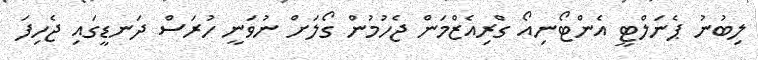
ލިބުނު ޕެނަލްޓީ އެންޓޯނިއޯ ގްރިއެޒްމަން ޖެހުމުން ގޯލަށް ނުވަނީ ހުރަސް ދަނޑީގައި ޖެހިފަ